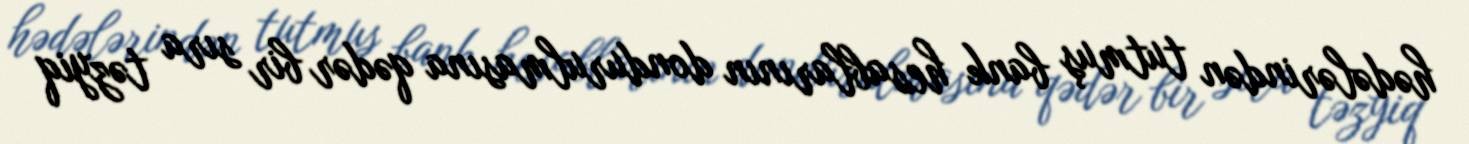
hədələrindən tutmuş bank hesablarının dondurulmasına qədər bir sıra təzyiq